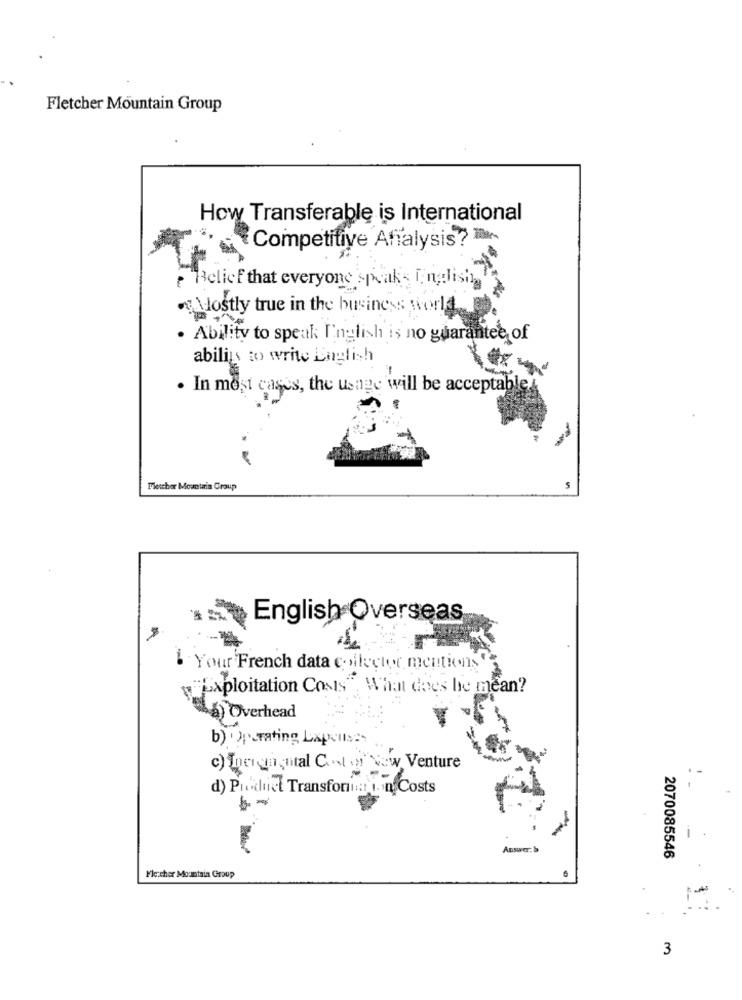
Fletcher Mountain Group
How Transferable is International
Competitive Affalysis?
Belief that everyone speaks English.'
Mostly true in the business world
Ability to speak English is no guarantee of
abilis to write English
. In most cases, the usage will be acceptable
Mescher Mountain Group
S
English Overseas
Your French data collector mentions
"Exploitation Cosis", What does be mean?
a) Overhead
b) Operating Lapen
c) Energia ital Cool of New Venture
d) Product Transformation Costs
Answer:
2070085546
Fler.cher Mountain Group
3